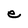
Character: e